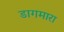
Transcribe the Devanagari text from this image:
डागमारा